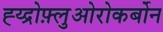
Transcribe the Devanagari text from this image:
ह्य्द्रोफ़्लुओरोकर्बोन